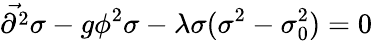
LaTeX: {\vec{\partial^{2}}}\sigma-g\phi^{2}\sigma-\lambda\sigma(\sigma^{2}-\sigma_{0}^{2})=0